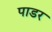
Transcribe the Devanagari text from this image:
पाडर